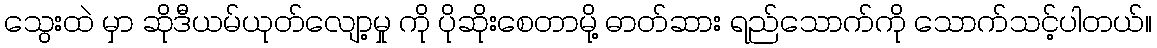
သွေးထဲ မှာ ဆိုဒီယမ်ယုတ်လျော့မှု ကို ပိုဆိုးစေတာမို့ ဓာတ်ဆား ရည်သောက်ကို သောက်သင့်ပါတယ်။